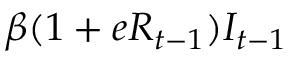
\beta ( 1 + e R _ { t - 1 } ) I _ { t - 1 }